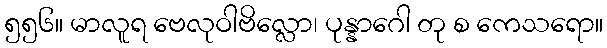
၅၅၆။ မာလူရ ဗေလုဝါဗိလ္လော၊ ပုန္နာဂေါ တု စ ကေသရော။